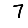
Digit: 7